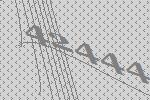
42444